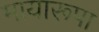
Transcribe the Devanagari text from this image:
मायारूपा